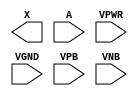
module sky130_fd_sc_ls__dlymetal6s6s (
    X   ,
    A   ,
    VPWR,
    VGND,
    VPB ,
    VNB
);

    output X   ;
    input  A   ;
    input  VPWR;
    input  VGND;
    input  VPB ;
    input  VNB ;
endmodule